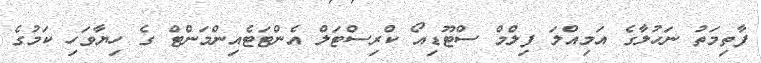
ފާތިމަތު ނަހުލާގެ އަމިއްލަ ފިލްމް ސްޓޫޑިއޯ ކްރިސްޓަލް އެންޓަޓެއިންމަންޓް ގެ ހިޔާވަހި ކަމުގެ